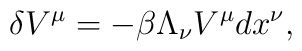
\delta V^\mu = -\beta \Lambda_\nu V^\mu dx^\nu,